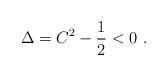
LaTeX: \begin{align*}\Delta = C^2 - {1\over 2}<0 \ . \end{align*}